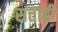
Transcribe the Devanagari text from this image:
सत्ताही